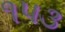
૧૫૩